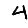
Digit: 4